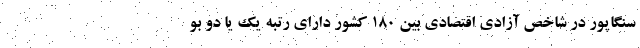
سنگاپور در شاخص آزادی اقتصادی بین ۱۸۰ کشور دارای رتبه یک یا دو بو